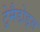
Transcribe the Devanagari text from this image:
ट्रेमैडोड्स